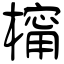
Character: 橣